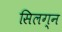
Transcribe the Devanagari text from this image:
सिलग्न